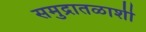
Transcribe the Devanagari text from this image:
समुद्रातळाशी